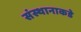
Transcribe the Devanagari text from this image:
संस्थानाकडे